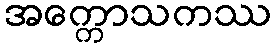
အက္ကောသကဿ